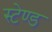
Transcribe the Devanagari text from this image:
स्‍टेण्‍ड